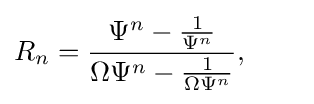
R_{n}={\frac {\Psi ^{n}-{\frac {1}{\Psi ^{n}}}}{\Omega \Psi ^{n}-{\frac {1}{\Omega \Psi ^{n}}}}},\qquad